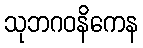
သုဘဂဝနိကေန